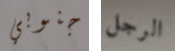
جنوبي الرجل